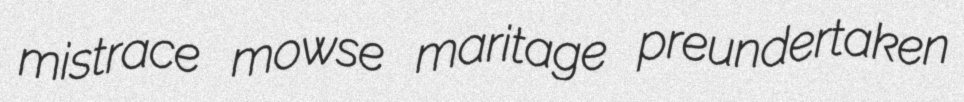
mistrace mowse maritage preundertaken